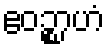
ဧဝဉ္စာဟံ